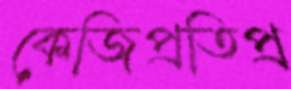
কেজিপ্রতিপ্র